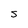
Character: S